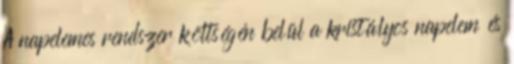
A napelemes rendszer költségén belül a kristályos napelem és